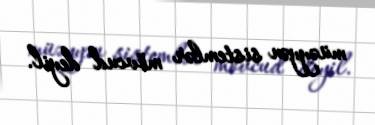
müəyyən sistemlər mövcud deyil.